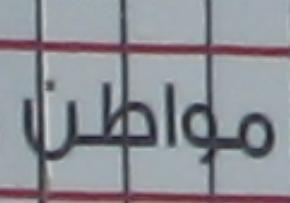
مواطن